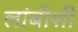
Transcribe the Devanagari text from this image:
लांबीशी